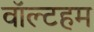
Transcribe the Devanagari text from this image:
वॉल्टहम